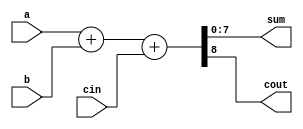
`timescale 1ns / 1ps
//////////////////////////////////////////////////////////////////////////////////
// Company: 
// Engineer: 
// 
// Design Name: 
// Module Name: adder
// Project Name: 
// Target Devices: 
// Tool Versions: 
// Description: 
// 
// Dependencies: 
// 
// Revision:
// Revision 0.01 - File Created
// Additional Comments:
// 
//////////////////////////////////////////////////////////////////////////////////


module adder(input[7:0] a, input[7:0] b, input cin, output[7:0] sum, output cout);

wire[8:0] sum_out;
assign sum_out = a + b + cin;
assign sum=sum_out[7:0];
assign cout=sum_out[8];
endmodule